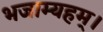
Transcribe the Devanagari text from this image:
भजाम्यहम्।